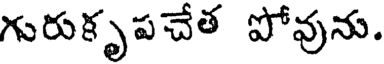
గురుకృపచేత పోవును.